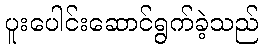
ပူးပေါင်းဆောင်ရွက်ခဲ့သည်